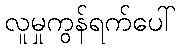
လူမှုကွန်ရက်ပေါ်